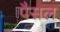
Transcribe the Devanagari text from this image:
पैसल